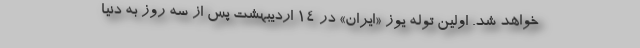
خواهد شد. اولین توله یوز «ایران» در ۱۴ اردیبهشت پس از سه روز به دنیا